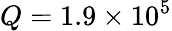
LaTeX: Q=1.9\times 10^{5}